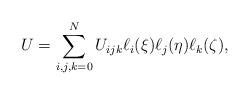
LaTeX: \begin{align*}{{U}} = \sum\limits_{i,j,k = 0}^N {{{{U}}_{ijk}}{\ell _i}(\xi){\ell _j}(\eta){\ell _k}(\zeta)}, \end{align*}